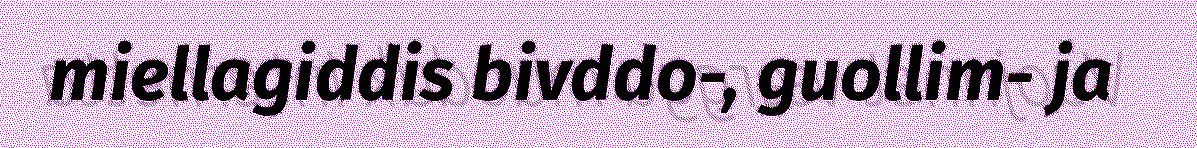
miellagiddis bivddo-, guollim- ja